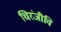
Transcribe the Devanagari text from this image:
चिरंजीवि